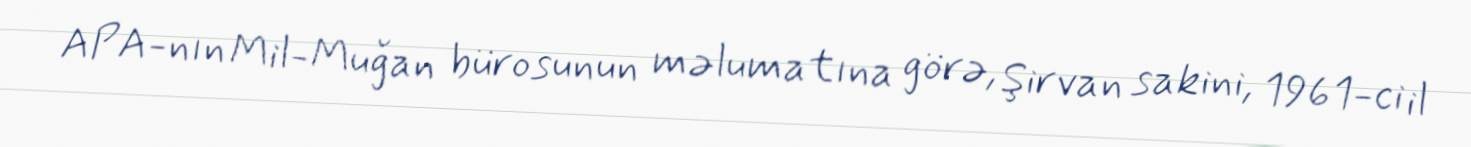
APA-nın Mil-Muğan bürosunun məlumatına görə, Şirvan sakini, 1961-ci il